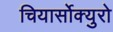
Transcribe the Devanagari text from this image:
चियार्सोक्युरो